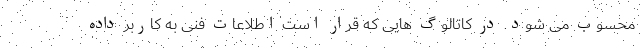
محسوب می شود. در کاتالوگ هایی که قرار است اطلاعات فنی به کاربر داده